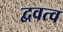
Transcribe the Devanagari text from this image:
द्ववत्व